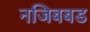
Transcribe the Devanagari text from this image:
नजिबबड